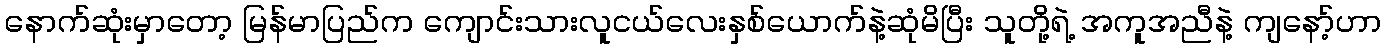
နောက်ဆုံးမှာတော့ မြန်မာပြည်က ကျောင်းသားလူငယ်လေးနှစ်ယောက်နဲ့ဆုံမိပြီး သူတို့ရဲ့ အကူအညီနဲ့ ကျနော့်ဟာ